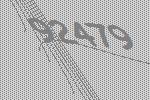
92479